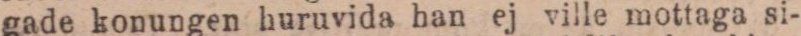
gade konungen huruvida han ej ville mottaga si-